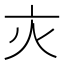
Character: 𬽄